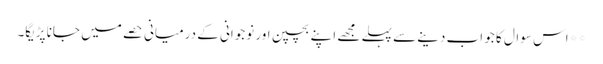
**اس سوال کا جو اب دینے سے پہلے مجھے اپنے بچپن اور نوجوانی کے درمیانی حصے میں جانا پڑیگا۔